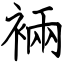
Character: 裲